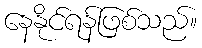
နေနိုင်ရန်ဖြစ်သည်။